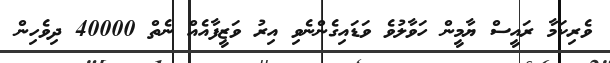
ވެރިކަމާ ރައީސް ޔާމީން ހަވާލުވެ ވަޑައިގެންނެވި އިރު ވަޒީފާއެއް ނެތް 40000 ދިވެހިން